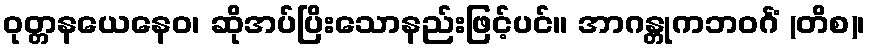
ဝုတ္တနယေနေဝ၊ ဆိုအပ်ပြိးသောနည်းဖြင့်ပင်။ အာဂန္တုကဘဝင်္ဂံ (တိစ)၊